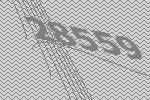
28559